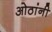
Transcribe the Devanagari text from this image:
ओठांनी